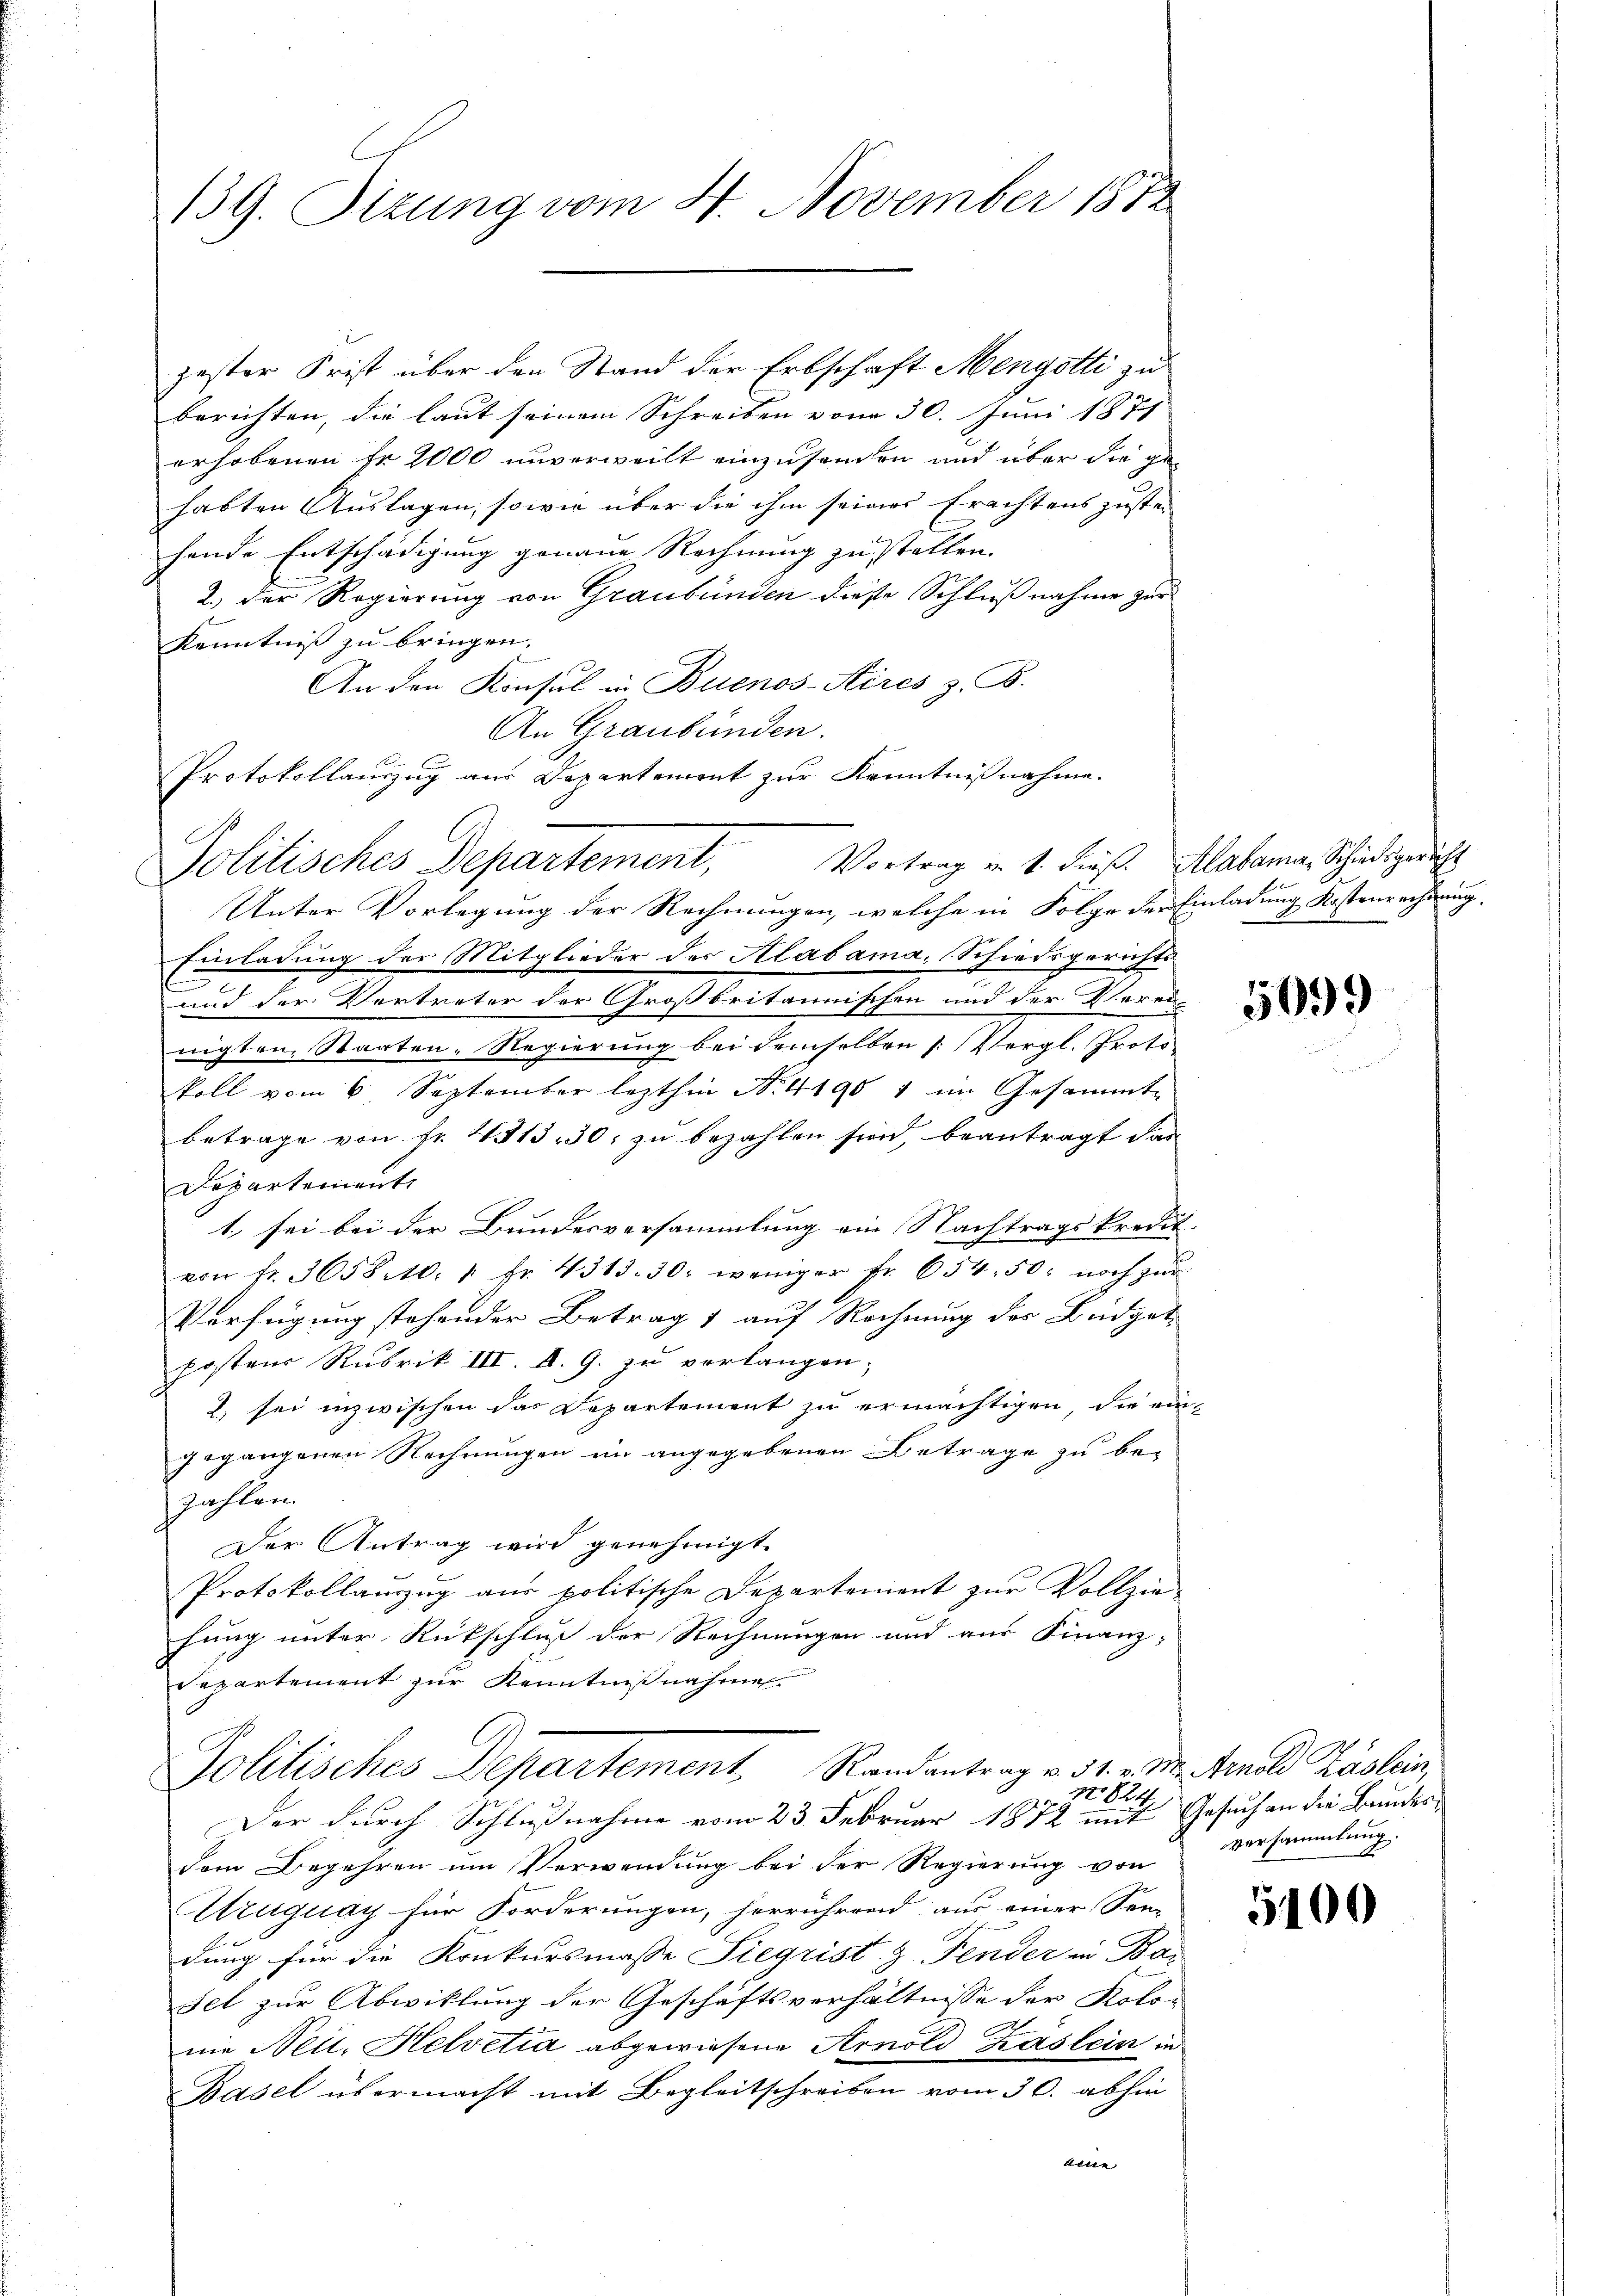
139. Sizung vom 4. November 1872

zester Frist über den Stand der Erbschaft Mengotti zu
berichten, die laut seinem Schreiben vom 30. Juni 1877
erhobenen Fr. 2000 unverweilt einzusenden und über die gehabten Auslagen, sowie über die ihm seines Erachtens zuste
hende Entschädigung genaue Rechnung zu stellen.
2.) Der Regierung von Graubünden diese Schlußnahme zur
Kenntniß zu bringen.
An den Konsul in Buenos-Aires z. B.
An Graubünden.
Protokollauszug aus Departemont zur Kenntnißnahme.
Unter Vorlegung der Rechnungen, welche in Folge der Einladung Kostenrechtung,
Einladung der Mitglieder des Alabama, Schiedsgerichts¬
und der Vertreter der Großbritannischen und der Vereinigten, Staaten, Regierung bei demselben (Vergl. Protokoll vom 6. September lezthin No. 41901 im Gesammt-
betrage von Fr. 4313, 30, zu bezahlen sind, beantragt das
Departement
1. sei bei der Bundesversammlung ein Nachtragskredit
von fr. 3658. 10. 1. Fr. 4313. 30. weniger fr. 654. 50. noch zur
Verfügung stehender Betrag 1 auf Rechnung des Büdget
kosten Rubrik III. II. G. zu verlangen;
2 sei inzwischen das Departement zu ermächtigen, die eingegangenen Rechnungen im angegebenen Betrage zu be-
zahlen.
Der Antrag wird genehmigt.
Protokollauszug aus politische Departement zur Vollziefung unter Rückschluß der Rechnungen und aus Finanz-
Departement zur Kenntnißnahme
Politisches Departement, Randantrag v. 31. v. M. Knold Käslin,
zo 824.
2
Der durch Schlußnahme vom 23. Februar 1882 mit Gesuch an die Bundesdem Begehren um Verwendung bei der Regierung von
Atruguay für Forderungen, herrührend aus einer Sen-
dung für die Konkursmasse Siegrist. J. Fender in Ba
Fel zur Abwicklung der Geschäftsverhältnisse der Kolo-
nie Neul, Helvetia abgewiesene Arnold Kaslein in
Basel übermacht mit Begleitschreiben vom 30. abhin
eine

Politisches Departement, Vortrag v. 1. dieß Malena Schiedsgericht

5099

versammlung.

5400